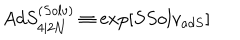
A d S _ { 4 \vert 2 { \cal N } } ^ { ( S o l v ) } \equiv \exp \left[ S S o l v _ { a d S } \right]